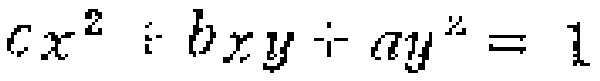
$cx^{2}+bxy + ay^{2}=1$